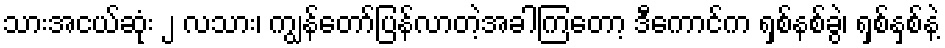
သားအငယ်ဆုံး ၂ လသား၊ ကျွန်တော်ပြန်လာတဲ့အခါကြတော့ ဒီကောင်က ရှစ်နစ်ခွဲ၊ ရှစ်နှစ်နဲ့